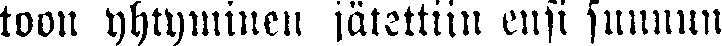
toon yhtyminen jätettiin ensi sunnun